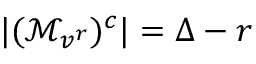
| ( \mathcal { M } _ { v ^ { r } } ) ^ { c } | = \Delta - r